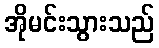
အိုမင်းသွားသည်